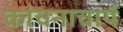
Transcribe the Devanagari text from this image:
कांचनाचार्य